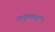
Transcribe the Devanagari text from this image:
आयुष्यमग्रं